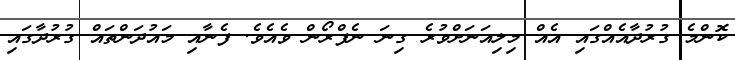
ކޮންމެ ގުރުދާއެއްގައި އެއް މިލިއަނަށްވުރެ ގިނަ ނެފްރޯން ވެއެވެ. ފެނާއި މައުދަންތައް ގުރުދާގައި